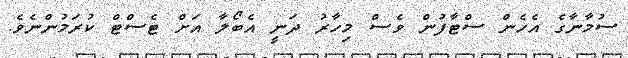
ސުމާނާގެ އެހެން ސްޓާފުން ވެސް މިހާރު ދަނީ އެބޯލާ އަށް ޓެސްޓް ކުރަމުންނެވެ.